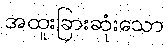
အထူးခြားဆုံးသော